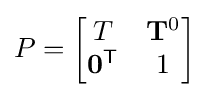
{P}=\left[{\begin{matrix}{T}&\mathbf {T} ^{0}\\\mathbf {0} ^{\mathsf {T}}&1\end{matrix}}\right]